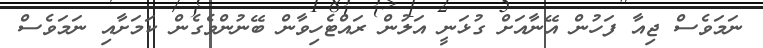
ނަމަވެސް ޖިއާ ފަހުން އޭނާއަށް ގުޅަނީ އަލުން ރައްޓެހިވާން ބޭނުންވެގެން ކަމަށާއި ނަމަވެސް